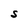
Character: S